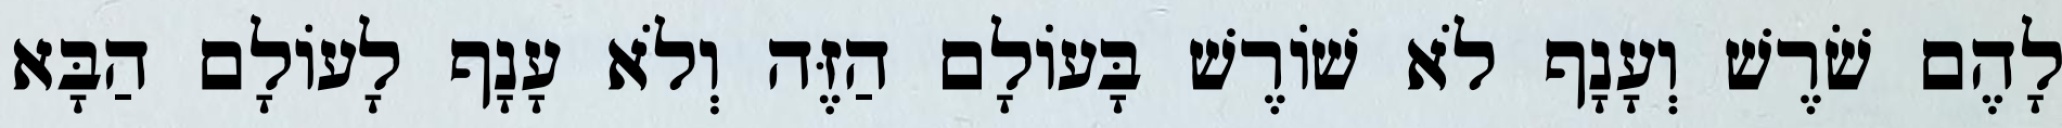
לָהֶם שֹׁרֶשׁ וְעָנָף לֹא שׁוֹרֶשׁ בָּעוֹלָם הַזֶּה וְלֹא עָנָף לָעוֹלָם הַבָּא